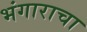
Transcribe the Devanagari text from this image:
भंगाराचा